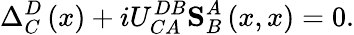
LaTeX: \Delta_{C}^{D}\left(x\right)+iU_{CA}^{DB}\mathbf{S}_{B}^{A}\left(x,x\right)=0.